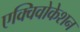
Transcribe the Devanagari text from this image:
एक्विवोकेशन